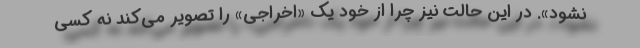
نشود». در این حالت نیز چرا از خود یک «اخراجی» را تصویر می‌کند نه کسی